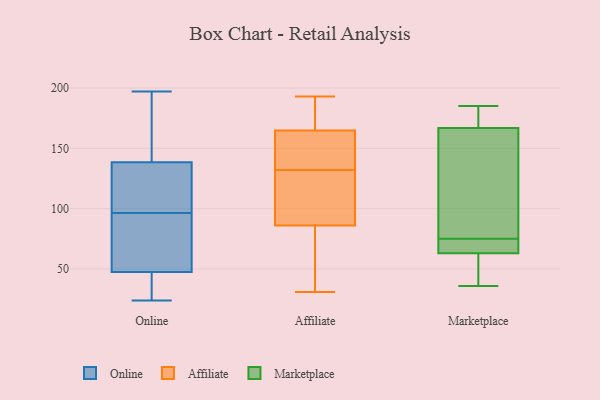
{"axis": {"x": "Satisfaction Score", "y": "Value"}, "legend": ["Affiliate", "Marketplace", "Online"], "data": [{"x": "", "y": 185, "type": "Online"}, {"x": "", "y": 117, "type": "Online"}, {"x": "", "y": 97, "type": "Online"}, {"x": "", "y": 66, "type": "Online"}, {"x": "", "y": 179, "type": "Online"}, {"x": "", "y": 138, "type": "Online"}, {"x": "", "y": 54, "type": "Online"}, {"x": "", "y": 87, "type": "Online"}, {"x": "", "y": 96, "type": "Online"}, {"x": "", "y": 35, "type": "Online"}, {"x": "", "y": 24, "type": "Online"}, {"x": "", "y": 139, "type": "Online"}, {"x": "", "y": 111, "type": "Online"}, {"x": "", "y": 39, "type": "Online"}, {"x": "", "y": 197, "type": "Online"}, {"x": "", "y": 41, "type": "Online"}, {"x": "", "y": 120, "type": "Affiliate"}, {"x": "", "y": 132, "type": "Affiliate"}, {"x": "", "y": 193, "type": "Affiliate"}, {"x": "", "y": 31, "type": "Affiliate"}, {"x": "", "y": 185, "type": "Affiliate"}, {"x": "", "y": 57, "type": "Affiliate"}, {"x": "", "y": 176, "type": "Affiliate"}, {"x": "", "y": 161, "type": "Affiliate"}, {"x": "", "y": 156, "type": "Affiliate"}, {"x": "", "y": 154, "type": "Affiliate"}, {"x": "", "y": 94, "type": "Affiliate"}, {"x": "", "y": 62, "type": "Affiliate"}, {"x": "", "y": 127, "type": "Affiliate"}, {"x": "", "y": 58, "type": "Marketplace"}, {"x": "", "y": 63, "type": "Marketplace"}, {"x": "", "y": 185, "type": "Marketplace"}, {"x": "", "y": 171, "type": "Marketplace"}, {"x": "", "y": 36, "type": "Marketplace"}, {"x": "", "y": 74, "type": "Marketplace"}, {"x": "", "y": 75, "type": "Marketplace"}, {"x": "", "y": 63, "type": "Marketplace"}, {"x": "", "y": 154, "type": "Marketplace"}, {"x": "", "y": 78, "type": "Marketplace"}, {"x": "", "y": 181, "type": "Marketplace"}]}